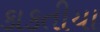
કાકતીયા